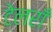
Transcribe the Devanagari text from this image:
टेलराँ